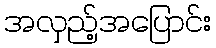
အလှည့်အပြောင်း